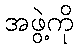
အဖွဲ့ကို